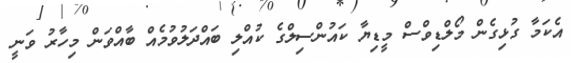
އެކަމާ ގުޅިގެން މޯލްޑިވްސް މީޑިޔާ ކައުންސިލްގެ ކުއްލި ބައްދަލުވުމެއް ބާއްވަން މިހާރު ވަނީ